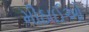
મીઠાઈઓ